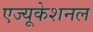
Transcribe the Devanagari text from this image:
एज्यूकेशनल